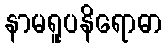
နာမရူပနိရောဓာ